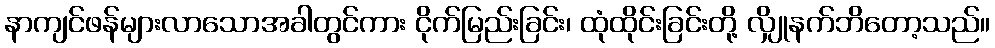
နာကျင်ဖန်များလာသောအခါတွင်ကား ငိုက်မြည်းခြင်း၊ ထုံထိုင်းခြင်းတို့ လျှိုနက်ဘိတော့သည်။